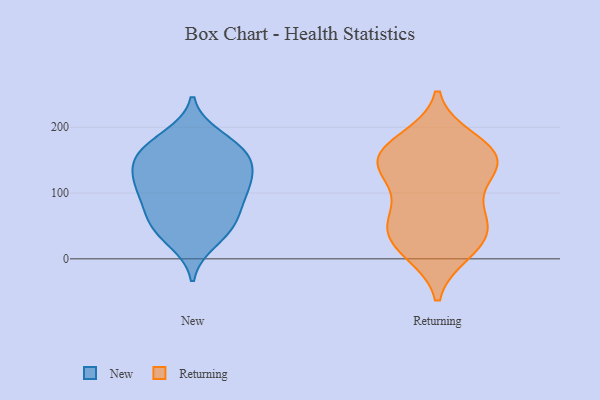
{"axis": {"x": "Population (Million)", "y": "Value"}, "legend": ["New", "Returning"], "data": [{"x": "", "y": 103, "type": "New"}, {"x": "", "y": 63, "type": "New"}, {"x": "", "y": 134, "type": "New"}, {"x": "", "y": 47, "type": "New"}, {"x": "", "y": 27, "type": "New"}, {"x": "", "y": 169, "type": "New"}, {"x": "", "y": 151, "type": "New"}, {"x": "", "y": 70, "type": "New"}, {"x": "", "y": 116, "type": "New"}, {"x": "", "y": 171, "type": "New"}, {"x": "", "y": 157, "type": "New"}, {"x": "", "y": 105, "type": "New"}, {"x": "", "y": 100, "type": "New"}, {"x": "", "y": 45, "type": "New"}, {"x": "", "y": 138, "type": "New"}, {"x": "", "y": 185, "type": "New"}, {"x": "", "y": 57, "type": "Returning"}, {"x": "", "y": 18, "type": "Returning"}, {"x": "", "y": 149, "type": "Returning"}, {"x": "", "y": 68, "type": "Returning"}, {"x": "", "y": 66, "type": "Returning"}, {"x": "", "y": 11, "type": "Returning"}, {"x": "", "y": 160, "type": "Returning"}, {"x": "", "y": 126, "type": "Returning"}, {"x": "", "y": 169, "type": "Returning"}, {"x": "", "y": 126, "type": "Returning"}, {"x": "", "y": 42, "type": "Returning"}, {"x": "", "y": 152, "type": "Returning"}, {"x": "", "y": 146, "type": "Returning"}, {"x": "", "y": 180, "type": "Returning"}, {"x": "", "y": 27, "type": "Returning"}]}